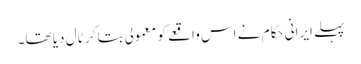
پہلے ایرانی حکام نے اس واقعے کو معمولی بتا کر ٹال دیا تھا۔